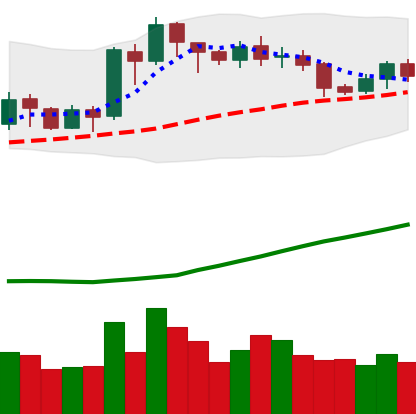
Ticker: ETH-USD
Chart end date: 2020-07-20
Forward return: 28.754%
Label: up_7plus